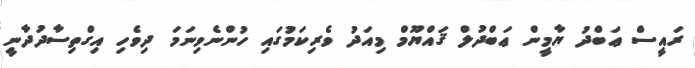
ރައީސް ޢަބްދު ޔާމީން ޢަބްދުލް ޤައްޔޫމް މިއަދު ވެރިކަމުގައި ހުންނެވިނަމަ ދިވެހި އިގްތިސާދުދާނީ